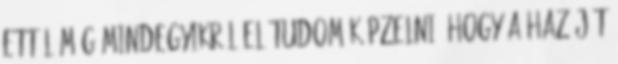
Ettől még mindegyikről el tudom képzelni, hogy a hazáját